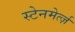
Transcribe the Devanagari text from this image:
स्टेनमेर्त्ज़